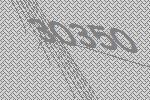
30350